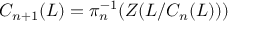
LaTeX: C _ { n + 1 } ( L ) = \pi _ { n } ^ { - 1 } ( Z ( L / C _ { n } ( L ) ) )